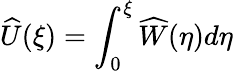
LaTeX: \widehat{U}(\xi)=\int_{0}^{\xi}\widehat{W}(\eta)d\eta